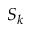
S _ { k }